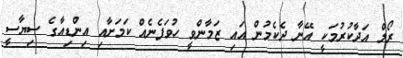
ރޯލް އަދާކުރުމަކީ އޭނާ ދެކެމުން އައި ޒަމާންވީ ހުވަފެނެއް ކަމަށާއި އިންޑިއާގެ ސިޔާސީ